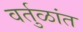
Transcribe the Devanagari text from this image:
वर्तुळांत